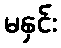
မနှင်း